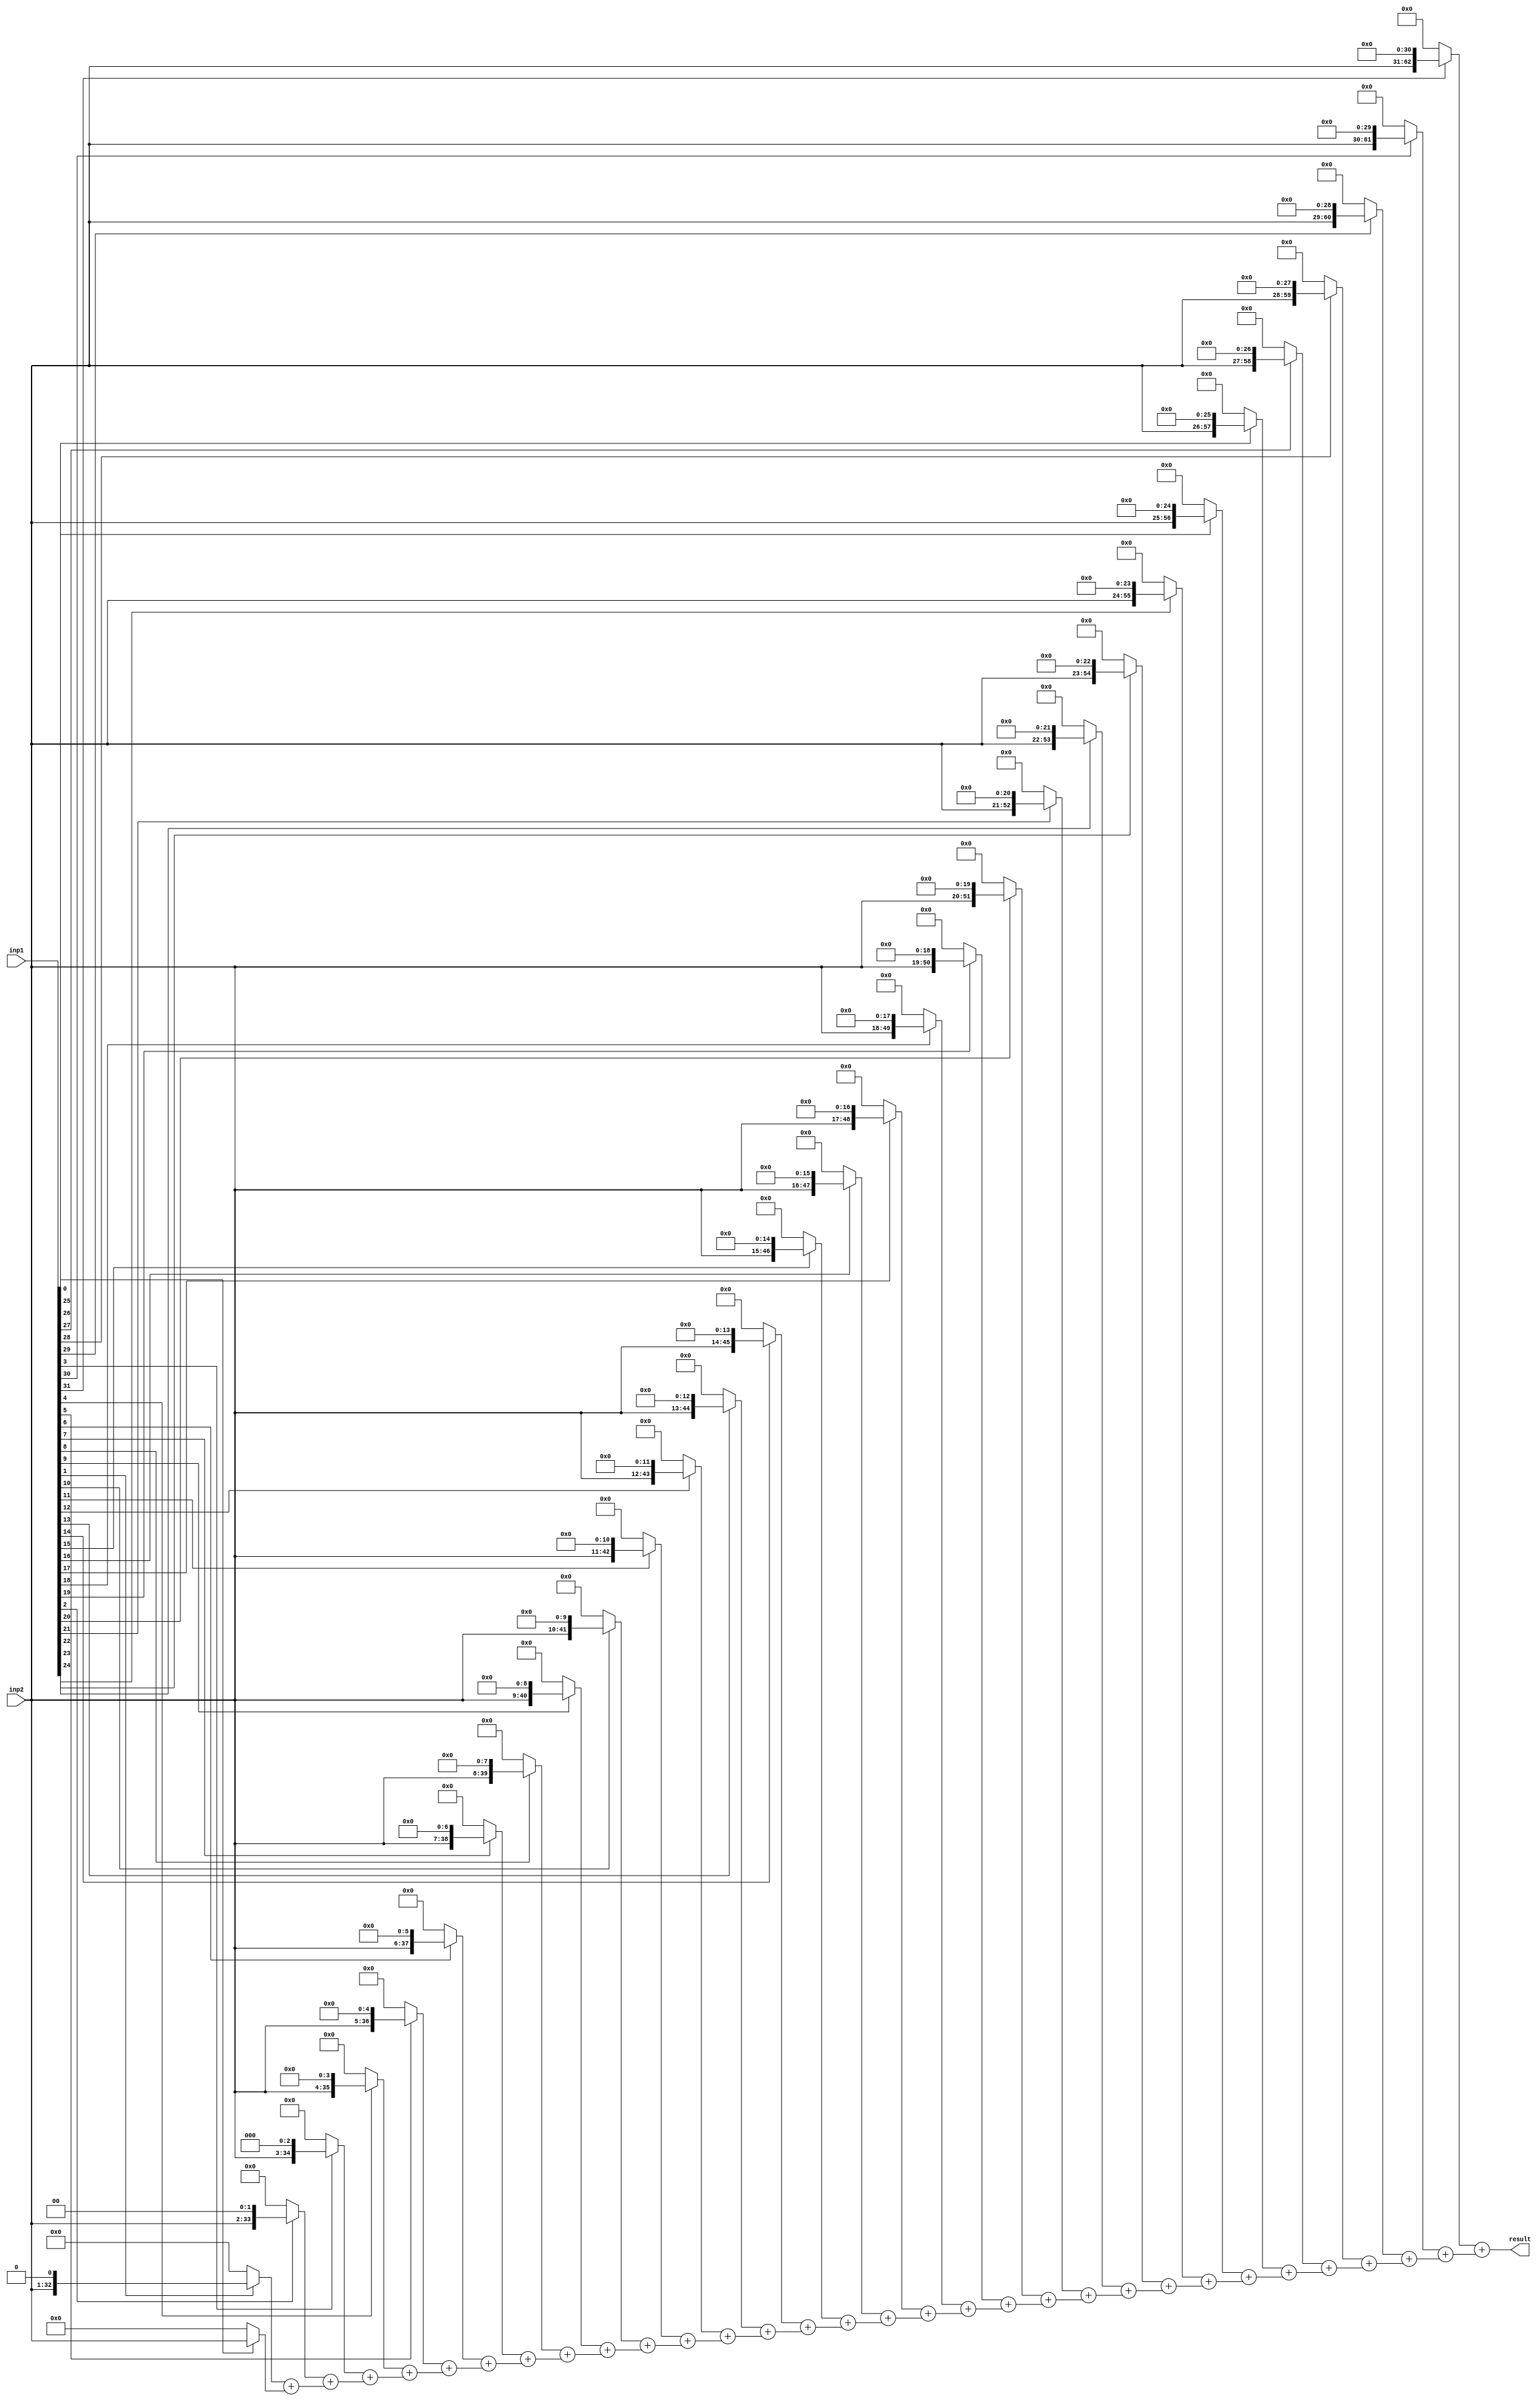
module Combinational_32x32_Multiplier(
   input [31:0] inp1,
	input [31:0] inp2,
	output [63:0] result
		 );

	parameter size = 32;      
	wire [size-1:0] inp1, inp2;       
	wire [(2*size)-1:0] result;              // p-partials      
	wire [(2*size*size)-1:0] p;        //assign size as input bits multiplyied by

	genvar i;        
	assign p[(2*size)-1 : 0] = inp1[0] ? inp2 : 0;  //first output size bits

	generate          
	for (i = 1; i < size; i = i+1)      
		begin        
			assign p[(size*(4+(2*(i-1))))-1 : (size*2)*i] = (inp1[i]? inp2<<i :0)+ p[(size*(4+(2*(i-2))))-1:(size*2)*(i-1)];      
		end
	endgenerate
	          
	assign result=p[(2*size*size)-1:(2*size)*(size-1)];     //taking last output size bits            

endmodule